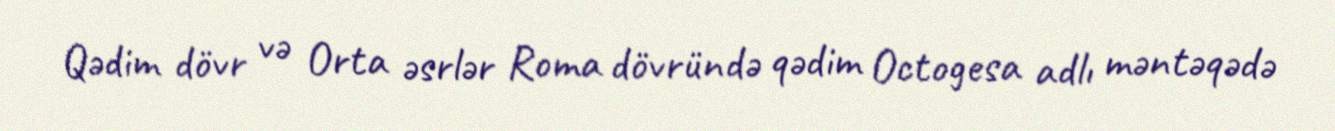
Qədim dövr və Orta əsrlər Roma dövründə qədim Octogesa adlı məntəqədə